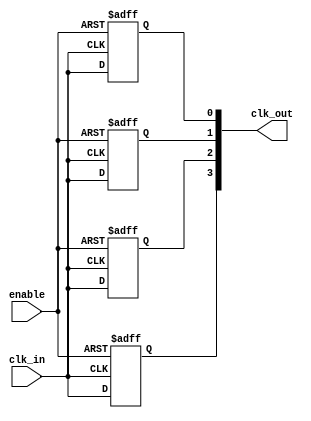
module MemoryBlocksSkewOptimizedClockBuffer #(
    parameter N = 4,               // Number of output clocks
    parameter DELAY = 1            // Buffer delay (in simulation units)
)(
    input wire clk_in,             // Input clock signal
    input wire enable,             // Enable signal to activate clock outputs
    output reg [N-1:0] clk_out     // Buffered clock outputs
);

// Generate the clock outputs with minimal skew
genvar i;
generate
    for (i = 0; i < N; i = i + 1) begin : clock_buffer
        always @(posedge clk_in or negedge enable) begin
            if (!enable) begin
                clk_out[i] <= 1'b0; // Deactivate output when enable is low
            end else begin
                // Buffering with delay to simulate skew optimization
                #DELAY clk_out[i] <= clk_in; 
            end
        end
    end
endgenerate

endmodule